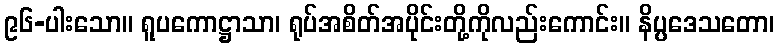
၉၆-ပါးသော။ ရူပကောဋ္ဌာသာ၊ ရုပ်အစိတ်အပိုင်းတို့ကိုလည်းကောင်း။ နိပ္ပဒေသတော၊